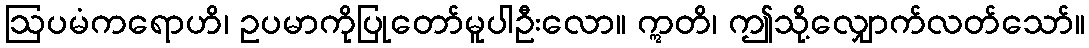
ဩပမံကရောဟိ၊ ဥပမာကိုပြုတော်မူပါဦးလော။ ဣတိ၊ ဤသို့လျှောက်လတ်သော်။